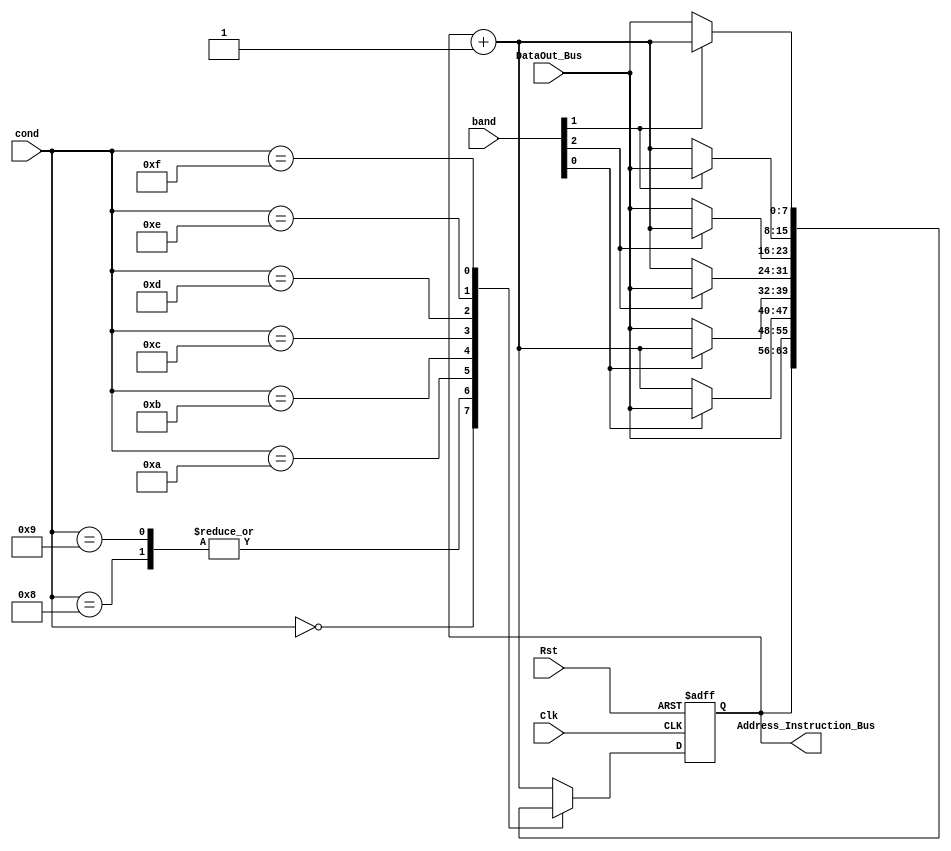
`timescale 1ns / 1ps
//////////////////////////////////////////////////////////////////////////////////
// Company: 
// Engineer: 
// 
// Design Name: 
// Module Name: jump
// Project Name: 
// Target Devices: 
// Tool Versions: 
// Description: 
// 
// Dependencies: 
// 
// Revision:
// Revision 0.01 - File Created
// Additional Comments:
// 
//////////////////////////////////////////////////////////////////////////////////


module jump(
  input Rst,
  input Clk,
  input [3:0] cond,
  input [7:0] DataOut_Bus,
  input [2:0]band,
  output [7:0] Address_Instruction_Bus
    );
   
    reg [7:0] PC;
    
    always @(posedge Clk, posedge Rst) begin
        if(Rst)
            PC<=0;
        else
            case (cond)
                4'b0000:
                    PC<=PC;
                4'b0001: // etapa de decodificacion de intruccion
                    PC<=PC+1'b1;
                4'b1000:
                    PC<=DataOut_Bus;
                4'b1001:
                    PC<=DataOut_Bus;
                4'b1010:
                    if(band[0])
                        PC<=DataOut_Bus;
                    else
                        PC<=PC+1'b1;
                4'b1011:
                    if(~band[0])
                        PC<=DataOut_Bus;
                    else
                            PC<=PC+1'b1;                        
                4'b1100:
                    if(band[2])
                        PC<=DataOut_Bus;
                    else
                            PC<=PC+1'b1;                        
                4'b1101:
                    if(~band[2])
                        PC<=DataOut_Bus;
                    else
                            PC<=PC+1'b1;                        
                4'b1110:
                    if(band[1])
                        PC<=DataOut_Bus;
                    else
                            PC<=PC+1'b1;
                4'b1111:
                    if(~band[1])
                        PC<=DataOut_Bus;
                    else
                            PC<=PC+1'b1;
                default: PC<=PC+1'b1;
            endcase
    end
    assign Address_Instruction_Bus=PC;
    
endmodule